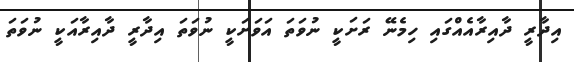
އިދާރީ ދާއިރާއެއްގައި ހިމެނޭ ރަށަކީ ނުވަތަ އަވަށަކީ ނުވަތަ އިދާރީ ދާއިރާއަކީ ނުވަތަ